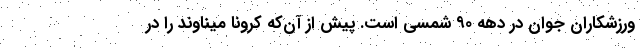
ورزشکاران جوان در دهه ۹۰ شمسی است. پیش از آن‌که کرونا میناوند را در